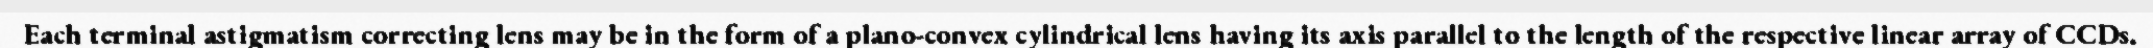
Each terminal astigmatism correcting lens may be in the form of a plano-convex cylindrical lens having its axis parallel to the length of the respective linear array of CCDs.